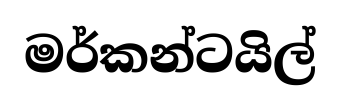
මර්කන්ටයිල්